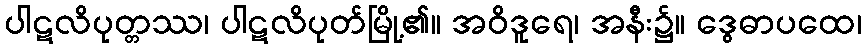
ပါဋလိပုတ္တဿ၊ ပါဋလိပုတ်မြို့၏။ အဝိဒူရေ၊ အနီး၌။ ဒွေဓာပထေ၊